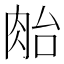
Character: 𰮜